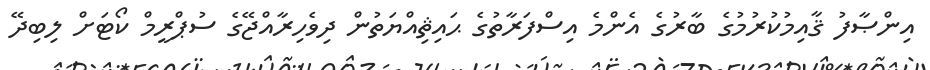
އިންޞާފު ޤާއިމުކުރުމުގެ ބާރުގެ އެންމެ އިސްފަރާތުގެ ޙައިޘިއްޔަތުން ދިވެހިރާއްޖޭގެ ސުޕްރީމް ކޯޓަށް ލިބިދޭ